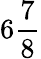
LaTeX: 6\frac 78